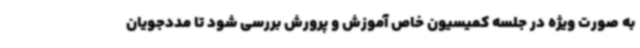
به صورت ویژه در جلسه کمیسیون خاص آموزش و پرورش بررسی شود تا مددجویان